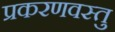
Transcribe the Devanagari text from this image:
प्रकरणवस्तु